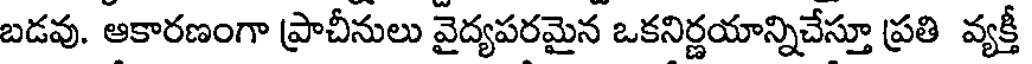
బడవు. ఆకారణంగా ప్రాచీనులు వైద్యపరమైన ఒకనిర్ణయాన్నిచేస్తూ ప్రతి వ్యక్తీ